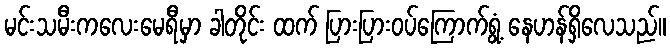
မင်းသမီးကလေးမေရီမှာ ခါတိုင်း ထက် ပြားပြားဝပ်ကြောက်ရွံ့ နေဟန်ရှိလေသည်။